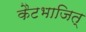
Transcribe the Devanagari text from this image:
कैटभाजित्